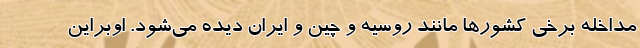
مداخله برخی کشورها مانند روسیه و چین و ایران دیده می‌شود. اوبراین